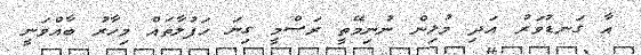
އާ ގަނޑުވަރު އަދި މުޅިން ނުނިމޭތީ ރަސްމީ ގިނަ ހަފުލާތައް މިހާރު ބާއްވަނީ